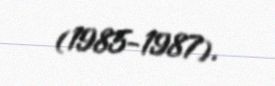
(1985-1987).